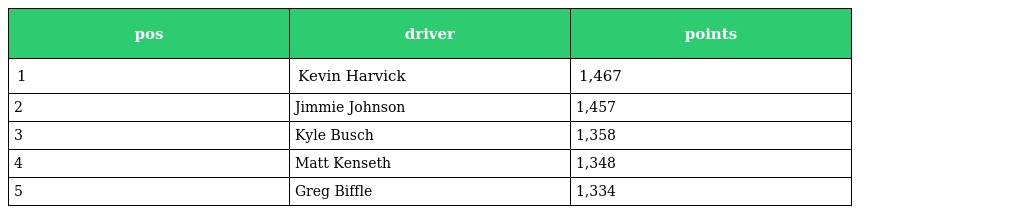
| pos | driver | points |
 | --- | --- | --- |
 | 1 | Kevin Harvick | 1,467 |
 | 2 | Jimmie Johnson | 1,457 |
 | 3 | Kyle Busch | 1,358 |
 | 4 | Matt Kenseth | 1,348 |
 | 5 | Greg Biffle | 1,334 |